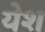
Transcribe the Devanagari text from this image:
येश